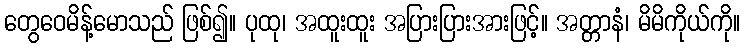
တွေဝေမိန့်မောသည် ဖြစ်၍။ ပုထု၊ အထူးထူး အပြားပြားအားဖြင့်။ အတ္တာနံ၊ မိမိကိုယ်ကို။